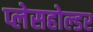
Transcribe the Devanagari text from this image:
प्लेसहोल्डर